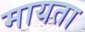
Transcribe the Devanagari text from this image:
मायता